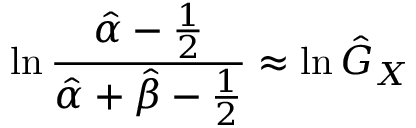
\ln { \frac { { \hat { \alpha } } - { \frac { 1 } { 2 } } } { { \hat { \alpha } } + { \hat { \beta } } - { \frac { 1 } { 2 } } } } \approx \ln { \hat { G } } _ { X }